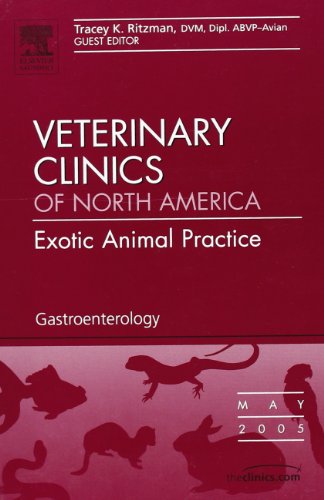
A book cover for Gastroenterology: An Issue of Veterinary Clinics: Exotic Animal Practice (The Clinics: Veterinary Medicine); Tracey K. Ritzman DVM Dipl; Medical Books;